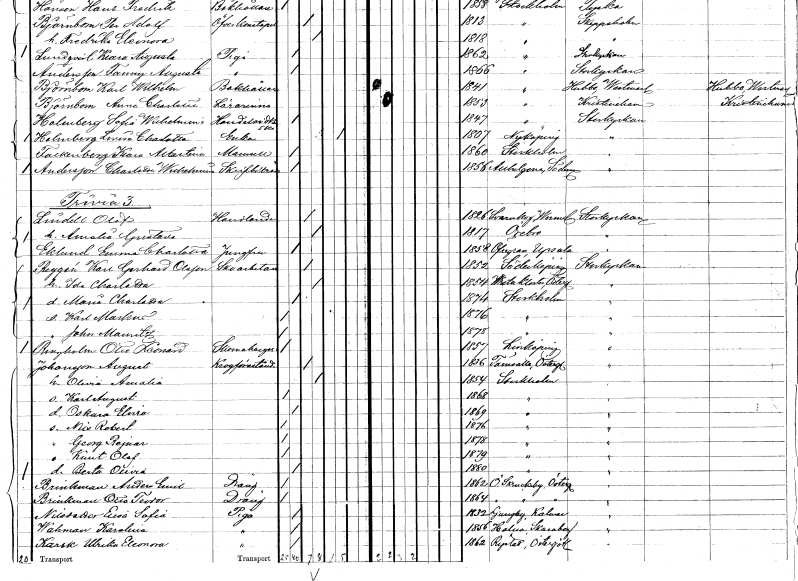
gt_parse: households: individuals: FN: Charlotta Wilhelmina
EN: Andersson
YRKE: Skrivbiträde
KON: K
CIV: O
FODAR: 1856
FODFORS: Helgona Södermanlands län
FN: Olof
EN: Lindell
YRKE: Handlande
KON: M
CIV: G
FODAR: 1826
FODFORS: Svanskog Värmlands län
FN: Amalia Gustava
KON: K
CIV: G
FODAR: 1817
FODFORS: Örebro Örebro län
FN: Emma Charlotta
EN: Eklund
YRKE: Jungfru
KON: K
CIV: O
FODAR: 1828
FODFORS: Övergran Uppsala län
FN: Karl Gerhard
EN: Reygén Olsson
YRKE: Skoarbetare
KON: M
CIV: G
FODAR: 1852
FODFORS: Söderköping Östergötlands län
FN: Ida Charlotta
KON: K
CIV: G
FODAR: 1854
FODFORS: Vreta kloster Östergötlands län
FN: Maria Charlotta
KON: K
CIV: O
FODAR: 1874
FODFORS: Stockholm
FN: Karl Markus
KON: M
CIV: O
FODAR: 1876
FODFORS: Stockholm
FN: John Mauritz
KON: M
CIV: O
FODAR: 1878
FODFORS: Stockholm
FN: Otto Leonard
EN: Ringholm
YRKE: Skomakaregesäll
KON: M
CIV: O
FODAR: 1857
FODFORS: Linköping Östergötlands län
FN: August
EN: Johansson
YRKE: Krogföreståndare
KON: M
CIV: G
FODAR: 1836
FODFORS: Törnevalla Östergötlands län
FN: Olivia Amalia
KON: K
CIV: G
FODAR: 1854
FODFORS: Stockholm
FN: Karl August
KON: M
CIV: O
FODAR: 1868
FODFORS: Stockholm
FN: Oskara Elvira
KON: K
CIV: O
FODAR: 1869
FODFORS: Stockholm
FN: Nils Robert
KON: M
CIV: O
FODAR: 1876
FODFORS: Stockholm
FN: Georg Rejnar
KON: M
CIV: O
FODAR: 1878
FODFORS: Stockholm
FN: Knut Olof
KON: M
CIV: O
FODAR: 1879
FODFORS: Stockholm
FN: Berta Olivia
KON: K
CIV: O
FODAR: 1880
FODFORS: Stockholm
FN: Anders Emil
EN: Brinkman
YRKE: Dräng
KON: M
CIV: O
FODAR: 1862
FODFORS: Östra Skrukeby Östergötlands län
FN: Otto Teodor
EN: Brinkman
YRKE: Dräng
KON: M
CIV: O
FODAR: 1864
FODFORS: Östra Skrukeby Östergötlands län
FN: Elsa Sofia
EN: Nilsdotter
YRKE: Piga
KON: K
CIV: O
FODAR: 1832
FODFORS: Ljungby Kalmar län
FN: Karolina
EN: Wåhman
YRKE: Piga
KON: K
CIV: O
FODAR: 1856
FODFORS: Karleby Skaraborgs län
FN: Ulrika Eleonora
EN: Karsk
YRKE: Piga
KON: K
CIV: O
FODAR: 1862
FODFORS: Rystad Östergötlands län